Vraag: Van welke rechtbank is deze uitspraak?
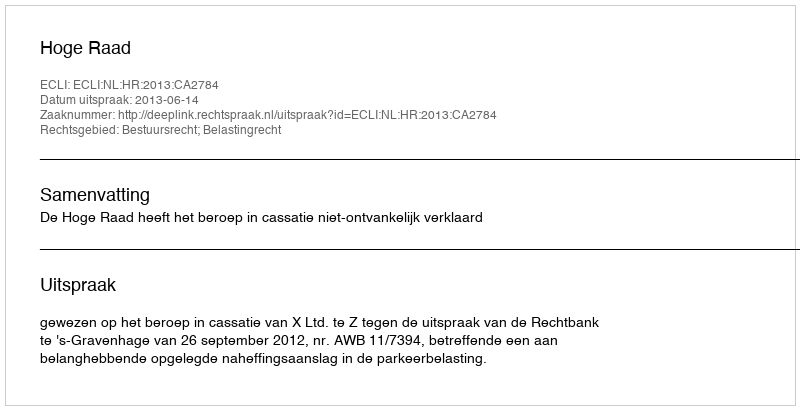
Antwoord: Hoge Raad